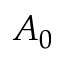
A _ { 0 }